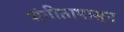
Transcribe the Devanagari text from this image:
संगीतापासून